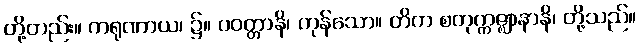
တို့တည်း။ ကရုဏာယ၊ ၌။ ပဝတ္တာနိ၊ ကုန်သော။ တိက စတုက္ကဇ္ဈာနာနိ၊ တို့သည်။